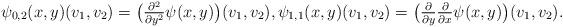
LaTeX: \begin{align*} \psi_{0,2}( x, y )( v_1, v_2 ) = \big( \tfrac{ \partial^2 }{ \partial y^2 } \psi( x, y ) \big)( v_1, v_2 ) , \psi_{ 1, 1 }( x, y )( v_1, v_2 ) = \big( \tfrac{ \partial }{ \partial y } \tfrac{ \partial }{ \partial x } \psi( x, y ) \big)( v_1, v_2 ) .\end{align*}